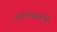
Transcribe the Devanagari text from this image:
शेतमळ्यांची